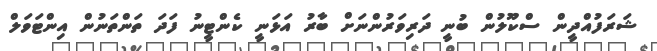
ޝަރަފުއްދީން ސްކޫލުން ބުނީ ދަރިވަރުންނަށް ބާރު އަޅަނީ ކެންޓީނު ފަދަ ތަންތަނުން އިންޓަވަލް